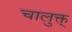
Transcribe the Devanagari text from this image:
चालुक्त्